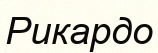
Рикардо